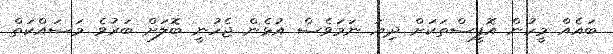
ބައެއް މީހުން އޮފީސްތަކަށް ދިޔަ ނަމަވެސް އުޅެން ޖެހުނީ ބޮލަށް ބަރުވެ މަސައްކަތް